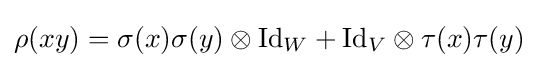
\rho (xy)=\sigma (x)\sigma (y)\otimes {\mbox{Id}}_{W}+{\mbox{Id}}_{V}\otimes \tau (x)\tau (y)